Papers set at the Examination for Leaving Certificates, 1895
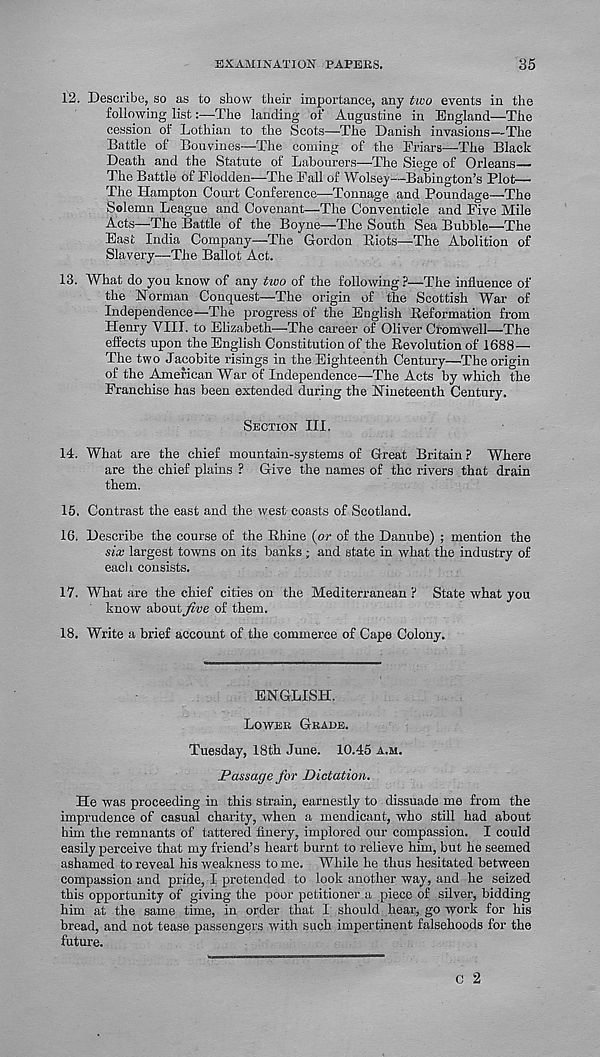
EXAMINATION PAPEBS.
35
12. Describe, so as to sbow their importance, any two events in the
following list:—The landing of Augustine in England—The
cession of Lothian to the Scots—The Danish invasions—The
Battle of Bouvines—The coming of the Friars—The Black
Death and the Statute of Labourers—The Siege of Orleans—
The Battle of Flodden—The Fall of Wolsey—Babington’s Plot—
The Hampton Court Conference—Tonnage and Poundage—The
Solemn League and Covenant—The Conventicle and Five Mile
Acts—The Battle of the Boyne—The South Sea Bubble—The
East India Company—The Gordon Riots—The Abolition of
Slavery—-The Ballot Act.
13. What do you know of any two of the following?—The influence of
the Norman Conquest—The origin of the Scottish War of
Independence—The progress of the English Reformation from
Henry VIII. to Elizabeth—The career of Oliver Cromwell—The
effects upon the English Constitution of the Revolution of 1688—
The two Jacobite risings in the Eighteenth Century—The origin
of the American War of Independence—The Acts by which the
Franchise has been extended during the Nineteenth Century.
Section III.
14. What are the chief mountain-systems of Great Britain ? Where
are the chief plains ? Give the names of the rivers that drain
them.
15. Contrast the east and the west coasts of Scotland.
16. Describe the course of the Rhine (or of the Danube) ; mention the
six largest towns on its banks; and state in what the industry of
eacli consists.
17. What are the chief cities on the Mediterranean ? State what you
know about Jive of them.
18. Write a brief account of the commerce of Cape Colony.
ENGLISH.
Lower Grade.
Tuesday, 18th June. 10.45 a.m.
Passage for Dictation.
He was proceeding in this strain, earnestly to dissuade me from the
imprudence of casual charity, when a mendicant, who still had about
him the remnants of tattered finery, implored our compassion. I could
easily perceive that my friend’s heart burnt to relieve him, but he seemed
ashamed to reveal his weakness to me. While he thus hesitated between
compassion and pride, I pretended to look another way, and he seized
this opportunity of giving the poor petitioner a piece of silver, bidding
him at the same time, in order that I should hear, go work for his
bread, and not tease passengers with such impertinent falsehoods for the
future.